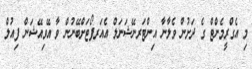
މި އެގްރީމެންޓް ގެ ދަށުން ވެލާނާ އިންޓަރނޭޝަނަލް އެއަރޕޯޓަށްބޭނުން ވާ އޭވިއޭޝަން ފިއުލް